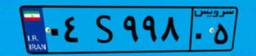
۰۴S۹۹۸۰۵